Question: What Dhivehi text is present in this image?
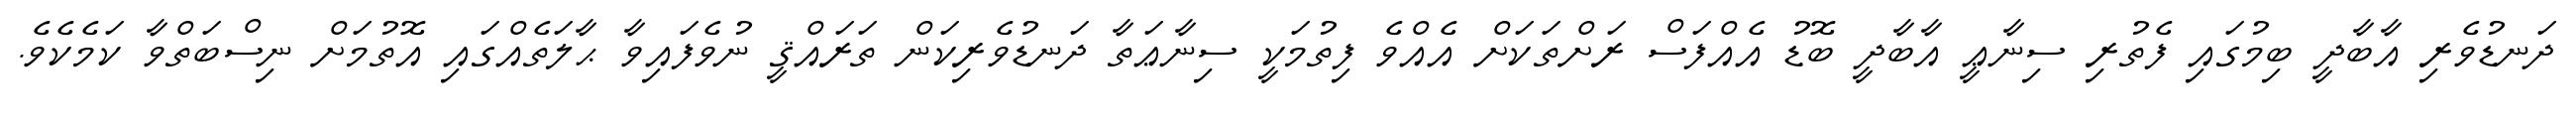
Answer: ދަނޑުވެރި އާބާދީ ބިމުގައި ފެތުރި ސިނާޢީ އާބާދީ ބޮޑު އެއްފަސް ރަށްތަކަށް އެއްވެ ފިތުމަކީ ސިނާޢަތާ ދަނޑުވެރިކަން ތަރައްޤީ ނުވެފައިވާ ޙާލަތެއްގައި އޮތުމަށް ނިސްބަތްވާ ކަމެކެވެ.